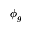
\phi _ { g }